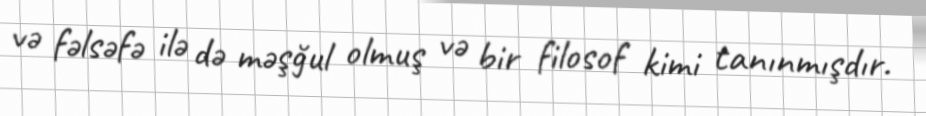
və fəlsəfə ilə də məşğul olmuş və bir filosof kimi tanınmışdır.